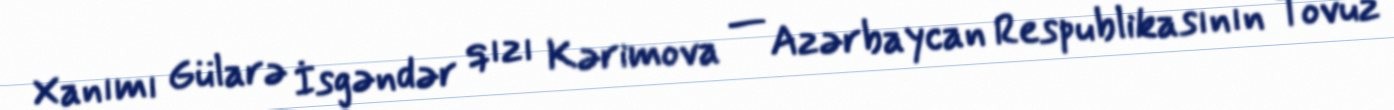
Xanımı Gülarə İsgəndər qızı Kərimova — Azərbaycan Respublikasının Tovuz